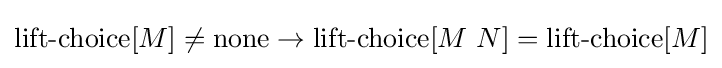
\operatorname {lift-choice} [M]\neq \operatorname {none} \to \operatorname {lift-choice} [M\ N]=\operatorname {lift-choice} [M]